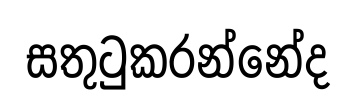
සතුටුකරන්නේද